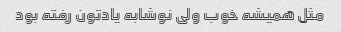
مثل همیشه خوب ولی نوشابه یادتون رفته بود